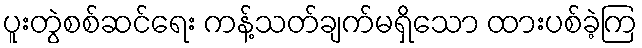
ပူးတွဲစစ်ဆင်ရေး ကန့်သတ်ချက်မရှိသော ထားပစ်ခဲ့ကြ